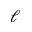
\ell